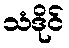
သံဒိုင်